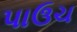
પાઉચ